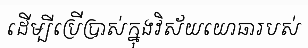
ដើម្បីប្រើប្រាស់ក្នុងវិស័យយោធារបស់